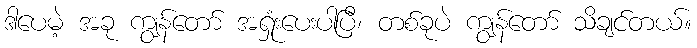
ဒါပေမဲ့ အခု ကျွန်တော် အရှုံးပေးပါပြီ၊ တစ်ခုပဲ ကျွန်တော် သိချင်တယ်။